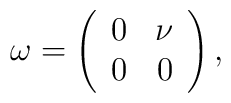
\omega =	\left(		\begin{array}{rr}		0 & \nu \\		0 &  0 		\end{array}	\right),